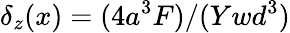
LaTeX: \delta_{z}(x)=(4a^{3}F)/(Ywd^{3})